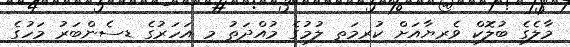
މާލެގެ ބުލޮކް ވެރިޔާއަށް ކުރިމަތި ލުމުގެ މުއްދަތު މި އަހަރުގެ ޑިސެންބަރު މަހުގެ